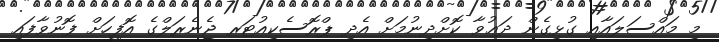
މި މައްސަލައާއި ގުޅިގެން ދަޢުވާ ކޮށްދިނުމަށް އެދި ޕްރޮސެކިއުޓަރ ޖެނެރަލްގެ އޮފީހަށް ފޮނުވާފައި